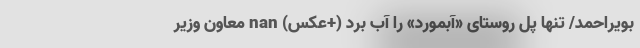
بویراحمد/ تنها پلِ روستای «آبمورد» را آب برد (+عکس) nan معاون وزیر